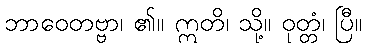
ဘာဝေတဗ္ဗာ၊ ၏။ ဣတိ၊ သို့။ ဝုတ္တံ၊ ပြီ။